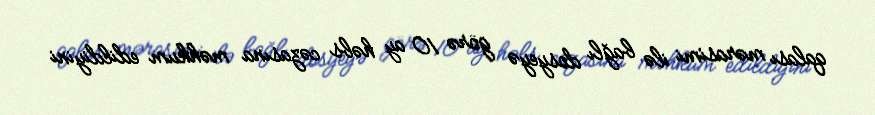
qalası mərasimi ilə bağlı dosyeyə görə 10 ay həbs cəzasına məhkum edildiyini